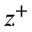
z ^ { + }